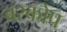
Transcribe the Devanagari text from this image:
बरकोप